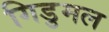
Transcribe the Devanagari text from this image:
गिडुमल